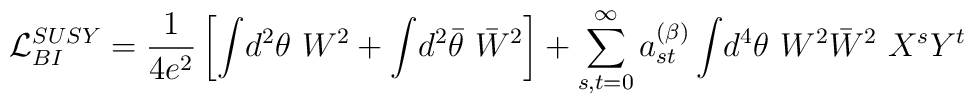
{\cal L}_{{BI}}^{{SUSY}} = \frac{1}{4e^2}\left[ \int\! d^2\theta ~W^2+\int\! d^2\bar \theta ~\bar W^2\right] + \sum_{s,t=0}^\infty a_{st}^{(\beta)}\int\! d^4\theta~ W^2\bar W^2~ X^s Y^t